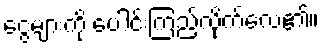
ငွေများကို ပေါင်းကြည့်လိုက်လေ၏။